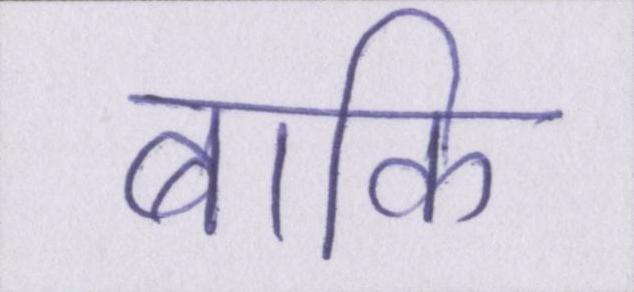
बाकि